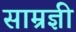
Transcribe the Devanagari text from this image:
साम्रज्ञी